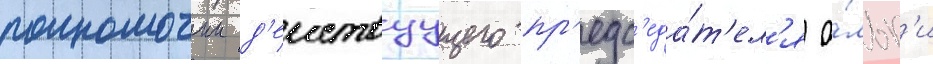
полномочии д'еиствуущего пр'едс'еда́т'ел'я о́льг'и